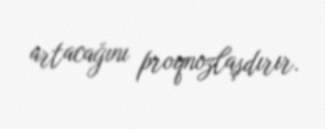
artacağını proqnozlaşdırır.